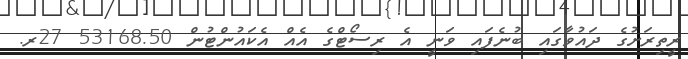
ރީތިރަށުގެ ދައުވާގައި ބުނެފައި ވަނީ އެ ރިސޯޓްގެ އެއް އެކައުންޓުން 53168.50 27ރ.